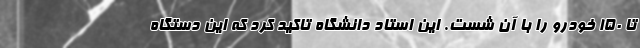
تا ۱۵۰ خودرو را با آن شست. این استاد دانشگاه تاکید کرد که این دستگاه